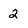
Character: 2